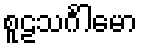
စူဠသင်္ဂါမော